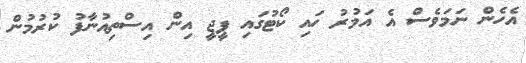
އެހެން ނަމަވެސް އެ އަމުރު ހައި ކޯޓުގައި ޕީޖީ އިން އިސްތިއުނާފު ކުރުމުން